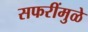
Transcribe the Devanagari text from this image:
सफरींमुळे